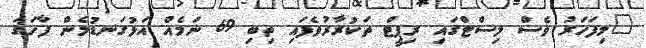
"މިފަހަރު ވެސް ލިސްޓްގައި ރިޕީޓް ތަކުރާރުވެފައި ތިބި 69 ނަމެއް އަޅުގަނޑުމެން ފާހަގަ